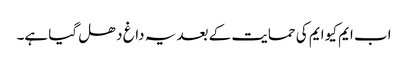
اب ایم کیو ایم کی حمایت کے بعد یہ داغ دھل گیا ہے۔